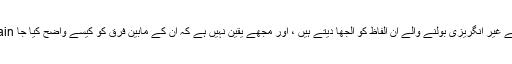
بہت سے غیر انگریزی بولنے والے ان الفاظ کو الجھا دیتے ہیں ، اور مجھے یقین نہیں ہے کہ ان کے مابین فرق کو کیسے واضح کیا جا explain۔